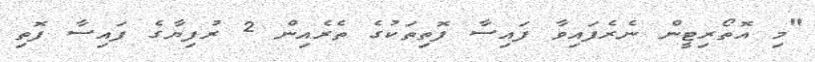
"މި އޮތޯރިޓީންް ނެރެފައިވާ ފައިސާާ ފޮތިތަކުގެ ތެރެއިން 2 ރުފިޔާގެ ފައިސާ ފޮތި